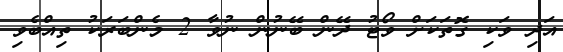
އަދި ވަކި ގޮތަކަށް ވޯޓު ދޭން ބޭނުން ނުވާ 2 މެންބަރަކު ތިއްބެވި